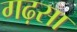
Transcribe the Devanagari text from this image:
गढ़सा